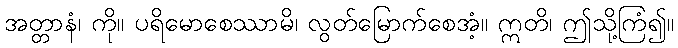
အတ္တာနံ၊ ကို။ ပရိမောစေဿာမိ၊ လွတ်မြောက်စေအံ့။ ဣတိ၊ ဤသို့ကြံ၍။